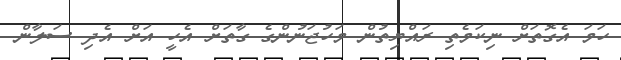
ހަމަ އެގޮތަށް ނިކަމެތި ރައްޔިތުން މަހުޖަނުންގެ ގާތަށް އެހީ އަށް އެދި ސަލާން